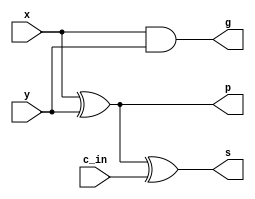
module adder (x,y,c_in,g,p,s); // 1bit adder
	
	input wire x, y, c_in; // input operand : x, y  // input carry

	output wire g, p, s; // generated carry, propagated carry

    //make sum with x, y, c_in
	assign s = x^y^c_in;
	//make g for cla_4bits
	assign g = x&y;
	//make p for cla_4bits
    assign p = x^y;
    
endmodule